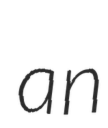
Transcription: an